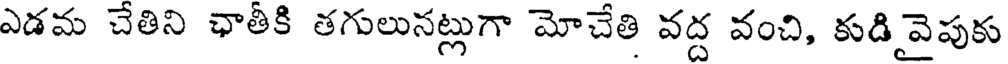
ఎడమ చేతిని ఛాతీకి తగులునట్లుగా మోచేతి వద్ద వంచి, కుడి వైపుకు